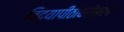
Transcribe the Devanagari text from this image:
विद्यापीठाबरोबरच